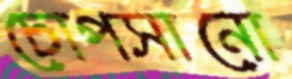
চোপসানো